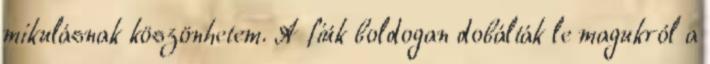
mikulásnak köszönhetem. A fiúk boldogan dobálták le magukról a